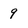
Character: 9